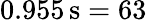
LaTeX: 0.955\, \mathrm{s}=63